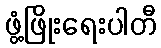
ဖွံ့ဖြိုးရေးပါတီ